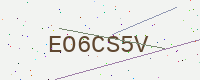
Text: EO6CS5V